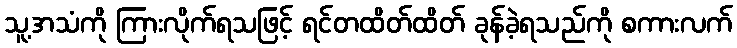
သူ့အသံကို ကြားလိုက်ရသဖြင့် ရင်တထိတ်ထိတ် ခုန်ခဲ့ရသည်ကို စကားလက်